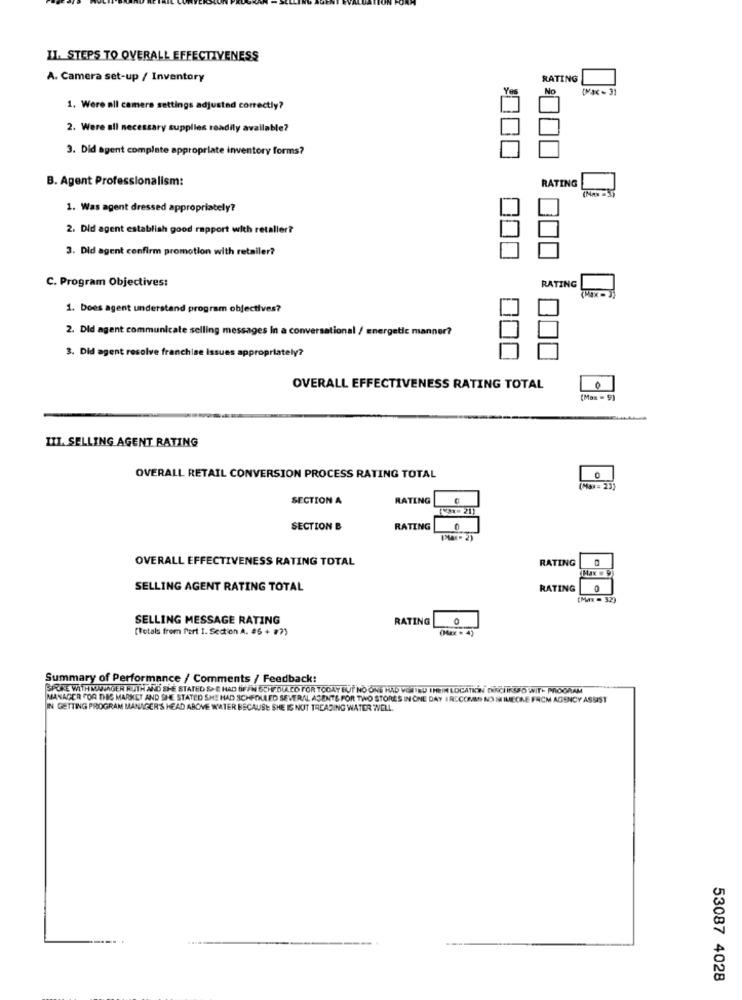
II. STEPS TO OVERALL EFFECTIVENESS
A. Camera set-up / Inventory
RATING
Yo
No
1. Were nil camera settings adjusted correctly?
2. Were all necessary supplies readily available?
3. Did agent complete appropriate inventory forms?
B. Agent Professionalism:
RATING
1. Was agent dressed appropriately?
2. Did agent establish good rapport with retaller?
3. Did agent confirm promotion with retailer?
C. Program Objectives:
RATING
1. Does agent understand program objectives?
2. Did agent communicate selling messages In a conversational / energetic manner?
3. Did agent resolve franchise issues appropriately?
OVERALL EFFECTIVENESS RATING TOTAL
0
(Max = 9)
III. SELLING AGENT RATING
OVERALL RETAIL CONVERSION PROCESS RATING TOTAL
(Max = 23)
SECTION A
RATING
8- 21)
SECTION B
RATING
0
OVERALL EFFECTIVENESS RATING TOTAL
RATING
SELLING AGENT RATING TOTAL
RATING
0
(Max - 32)
SELLING MESSAGE RATING
RATING
[Totals from Port 1. Section A. #6 + #7)
(Max . 4)
Summary of Performance / Comments / Feedback:
SPOKE WITH MUMIGER RUTH AND SHE STATED SE HAD BIFFN SCHEDULED FOR TODAY BUT NO ONE HAS VOSTRO IHEIM LOCATKİN İÇINSPO WIT- PROGRAM
MANAGER FOR THES MARKET AND SHE STATED SHE HAD SCHEDULED SEVERAL ASENTE FOR TWO STORES IN ONE DAY I RECORRO NO SIMECKE FRCM AGENCY ASSIST
IN GETTING PROGRAM MANAGER'S HEAD ABOVE WATER BECAUSE SHE IS NOT TREADING WATER WELL.
53087 4028